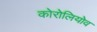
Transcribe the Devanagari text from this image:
कोरोलियोव